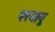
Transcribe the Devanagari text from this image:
परमानू